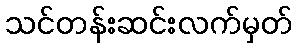
သင်တန်းဆင်းလက်မှတ်